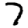
Digit: 7